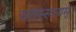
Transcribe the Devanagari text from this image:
यतस्स्वयम्